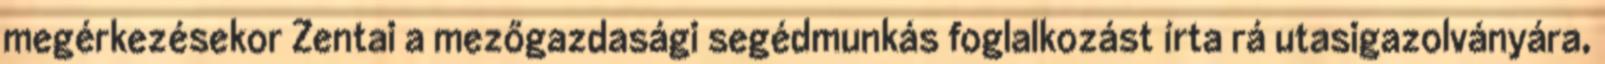
megérkezésekor Zentai a mezőgazdasági segédmunkás foglalkozást írta rá utasigazolványára,